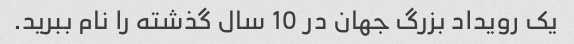
یک رویداد بزرگ جهان در 10 سال گذشته را نام ببرید.